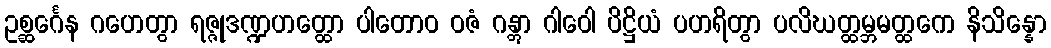
ဥစ္ဆင်္ဂေန ဂဟေတွာ ရဇ္ဇုဒဏ္ဍဟတ္ထော ပါတောဝ ဝဇံ ဂန္တွာ ဂါဝေါ ပိဋ္ဌိယံ ပဟရိတွာ ပလိဃတ္ထမ္ဘမတ္ထကေ နိသိန္နော